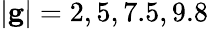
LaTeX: |\mathbf{g}|=2,5,7.5,9.8